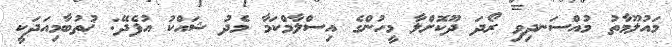
މައުލޫމާތު މުއްސަނދިވި ރޯދަ ދޫކޮށްލާ މީހުންގެ އިސްލާމްކަމާ މެދު ޝައްކު އުފެދޭ: ޚުތުބާމިއަދަކީ